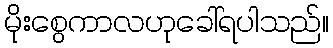
မိုးစွေကာလဟုခေါ်ရပါသည်။